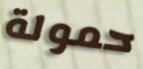
حمولة